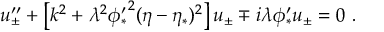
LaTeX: u _ { \pm } ^ { \prime \prime } + \left[ k ^ { 2 } + \lambda ^ { 2 } { \phi _ { * } ^ { \prime } } ^ { 2 } ( \eta - \eta _ { * } ) ^ { 2 } \right] u _ { \pm } \mp i \lambda \phi _ { * } ^ { \prime } u _ { \pm } = 0 \ .